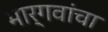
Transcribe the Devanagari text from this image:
भार्गवांचा